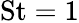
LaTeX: \mathrm{St}=1